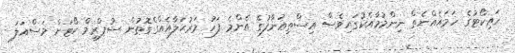
ހައިކޯޓުގެ ހަމައެއްނެތް ނިންމުމާއެކުގައިވެސް އިސްތިޢުނާފުގެ އެންމެ ފަހު މަރުޙަލާއެއްގެގޮތުން ސުޕްރީމް ކޯޓަށް މަސްއަލަ